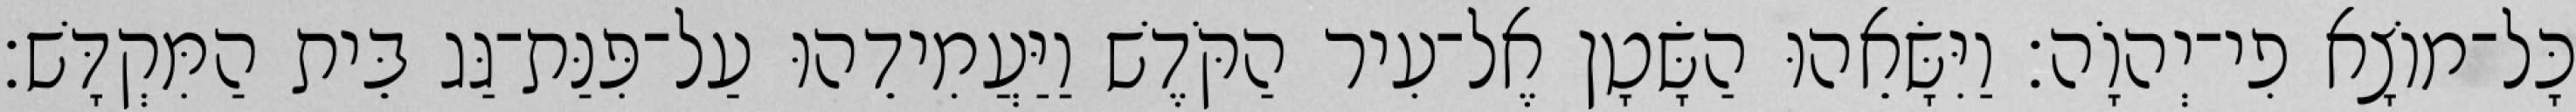
כָּל־מוֹצָא פִי־יְהוָֹה׃ וַיִּשָּׂאֵהוּ הַשָּׂטָן אֶל־עִיר הַקֹּדֶשׁ וַיַּעֲמִידֵהוּ עַל־פִּנַּת־גַּג בֵּית הַמִּקְדָּשׁ׃